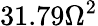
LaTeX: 31.79\Omega^{2}